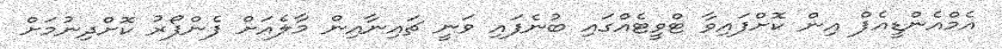
އެމްއެންޑީއެފް އިން ކޮށްފައިވާ ޓްވީޓެއްގައި ބުނެފައި ވަނީ ޗައިނާއިން މާލެއަށް ފެންފޯރު ކޮށްދިނުމަށް